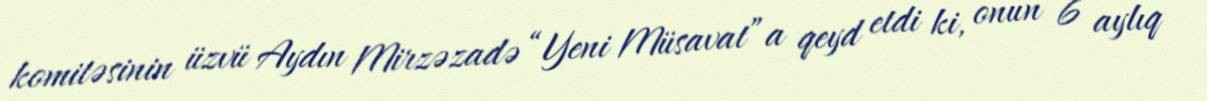
komitəsinin üzvü Aydın Mirzəzadə “Yeni Müsavat”a qeyd etdi ki, onun 6 aylıq